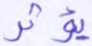
يؤثر